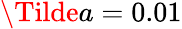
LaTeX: \Tilde{a}=0.01